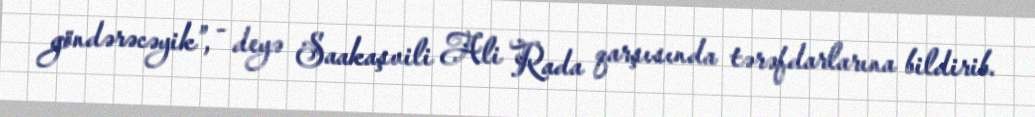
göndərəcəyik”, - deyə Saakaşvili Ali Rada qarşısında tərəfdarlarına bildirib.